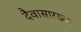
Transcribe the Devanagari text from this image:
दैवासारख्या